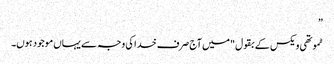
”
ٹموتھی ویکس کے بقول "میں آج صرف خدا کی وجہ سے یہاں موجود ہوں۔